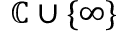
\mathbb { C } \cup \{ \infty \}